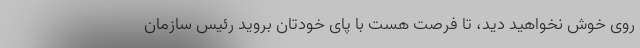
روی خوش نخواهید دید، تا فرصت هست با پای خودتان بروید رئیس سازمان